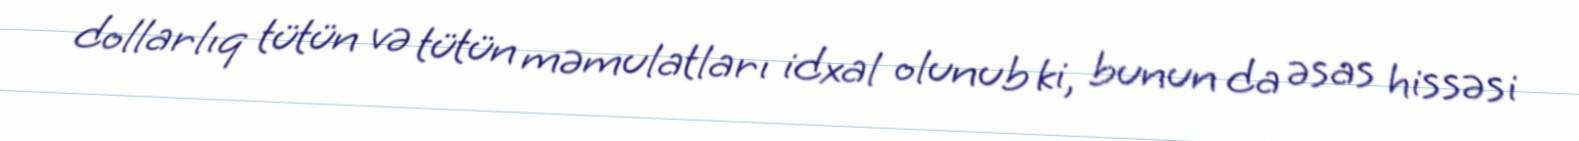
dollarlıq tütün və tütün məmulatları idxal olunub ki, bunun da əsas hissəsi